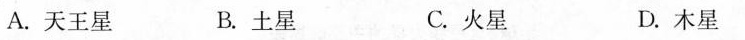
A.天王星 B.土星 C.火星 D.木星